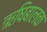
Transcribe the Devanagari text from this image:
ऋषिबालक